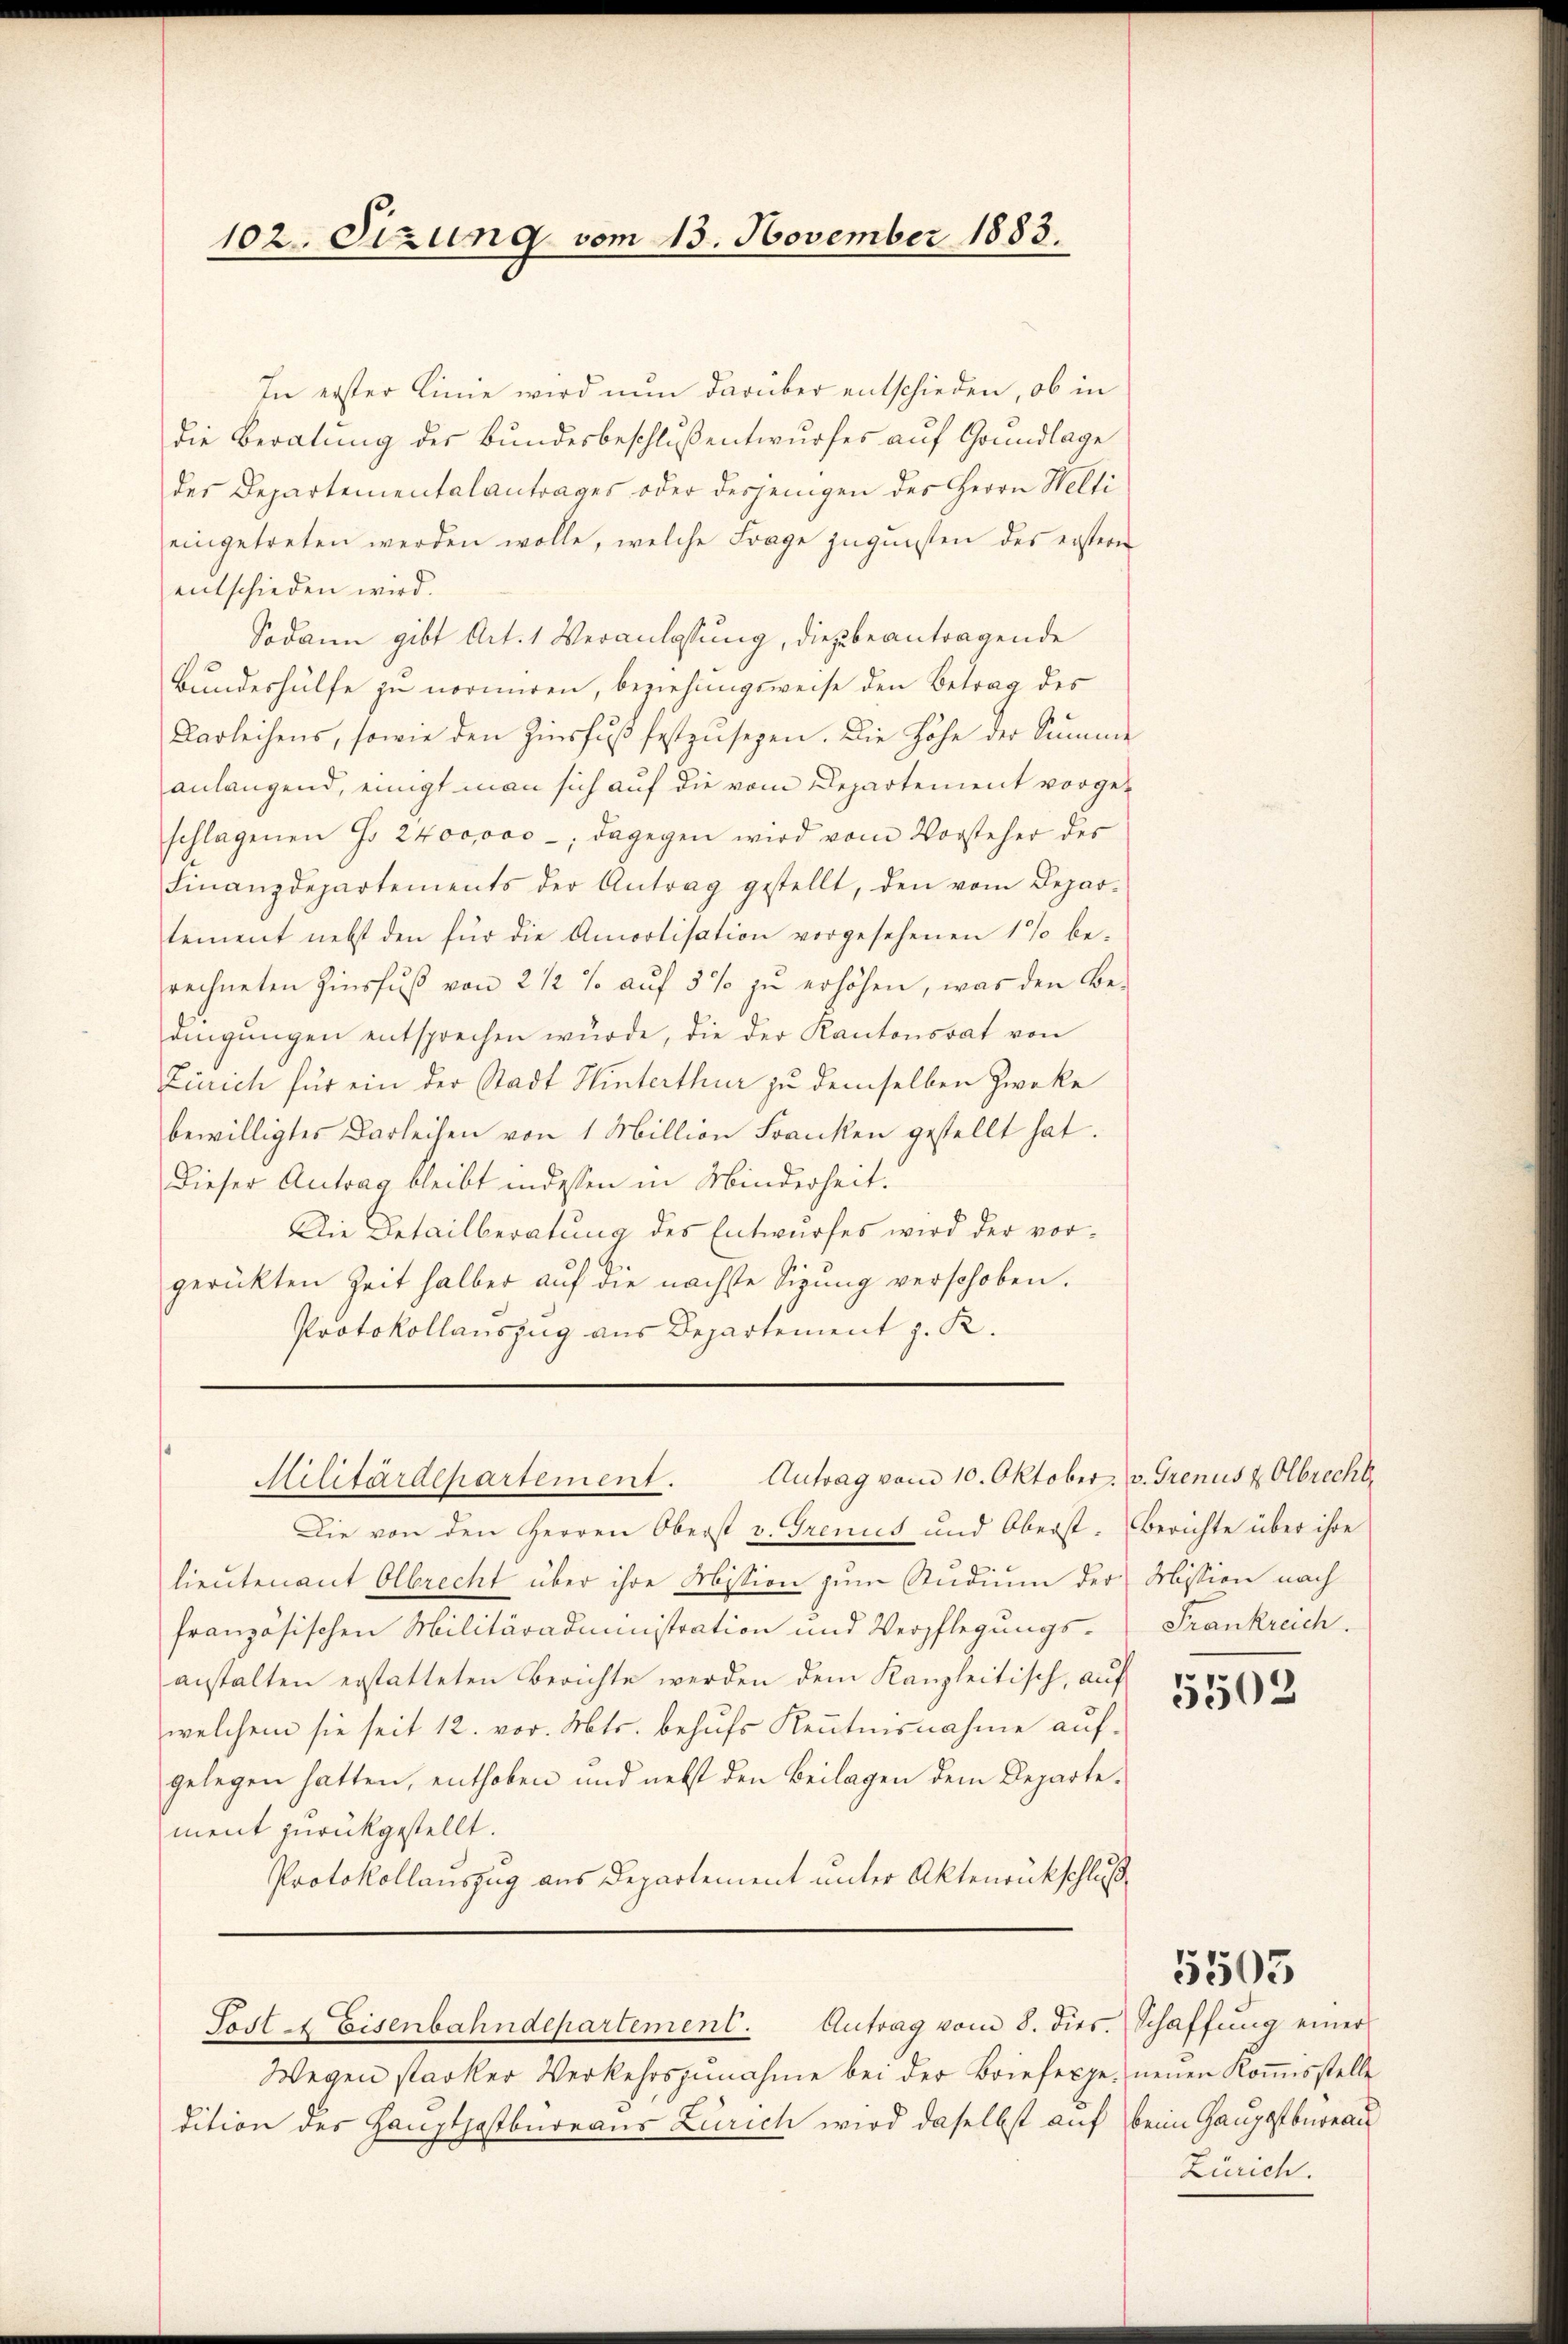
102. Sizung vom 13. November 1883.

In erster Linie wird nun darüber entschieden, ob in
die Beratung der Bundesbeschlussentwurfes auf Grundlage
der Departementalantrages oder desjenigen des Herrn Welti
eingetreten werden wolle, welche Frage zugunsten des erstern
entschieden wird.
Sodann gibt Art. 1 Veranlassung, die zu beantragende
Bundeshülfe zu normiren, beziehungsweise den Betrag des
Darleihens, sowie den Zinsfuß festzŭsezen. Die Höhe der Summe
anlangend, einigt man sich auf die vom Departement vorgeschlagenen Fr. 2400000 -; dagegen wird vom Vorsteher des
Finanzdepartements der Antrag gestellt, den vom Depar-
tement nebst den für die Amoolisation vorgesehenen 1% be-
rechneten Zinsfŭβ von 2 1/2 % aŭf 5% zŭ erhöhen, was den Be-
dingŭngen entsprechen würde, die der Kantonsrat von
Zürich für ein der Stadt Hinterthur zu demselben Zwecke
bewilligtes Darleihen von 1 Million Franken gestellt hat.
Dieser Antrag bleibt indessen in Minderheit.
Die Detailberatung des Entwurfes wird der vorgerückten Zeit halber aŭf die nächste Sigŭng verschoben.
Protokollauszug aus Departement z. R.

Die von den Herren Oberst v. Grenis und Oberst. Berichte über ihre
lieutenant Olbrecht über ihre Mission zum Studium der Mission nach
französischen Militäradministration und Verpflegungsanstalten erstatteten Berichte werden dem Kanzleitisch, auf
welchem sie seit 12. vor. Mts. behufs Kenntnisnahme aufgelegen hatten, enthoben und nebst den Beilagen dem Departement zurückgestellt.
Protokollauszug aus Departement unter Aktenrückschluß

Militärdepartement. Antrag vom 10. Oktober. v. Grenus & Olbrecht.

Sost & Eisenbahndepartement. Antrag vom 8. dies. Schaffŭng einer

Frankreich.

Wegen starker Verkehrszŭnahme bei der Briefeppe neuen Koṁisstelle
dition des Hauptpostbüreaus Zürich wird daselbst auf beim Hauptbureau

5502

Zürich.

5505